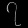
Digit: ၇